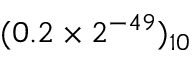
( 0 . 2 \times 2 ^ { - 4 9 } ) _ { 1 0 }